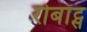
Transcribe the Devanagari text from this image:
रोबॉट्स